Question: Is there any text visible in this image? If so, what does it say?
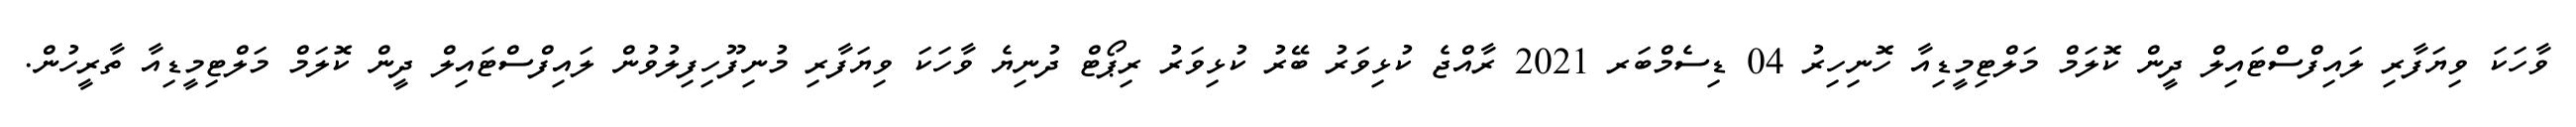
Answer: ވާހަކަ ވިޔަފާރި ލައިފްސްޓައިލް ދީން ކޮލަމް މަލްޓިމީޑިއާ ހޮނިހިރު 04 ޑިސެމްބަރ 2021 ރާއްޖެ ކުޅިވަރު ބޭރު ކުޅިވަރު ރިޕޯޓް ދުނިޔެ ވާހަކަ ވިޔަފާރި މުނިފޫހިފިލުވުން ލައިފްސްޓައިލް ދީން ކޮލަމް މަލްޓިމީޑިއާ ތާރީހުން.